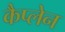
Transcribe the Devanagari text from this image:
कैप्लेन